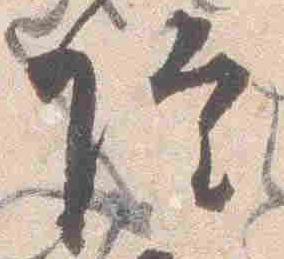
院